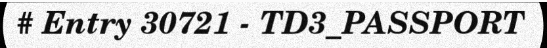
# Entry 30721 - TD3_PASSPORT